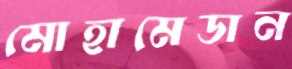
মোহামেডান